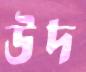
উদ